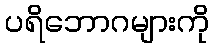
ပရိဘောဂများကို